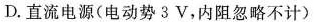
D.直流电源(电动势3V，内阻忽略不计)